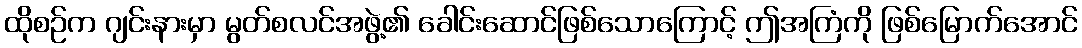
ထိုစဉ်က ဂျင်းနားမှာ မွတ်စလင်အဖွဲ့၏ ခေါင်းဆောင်ဖြစ်သောကြောင့် ဤအကြံကို ဖြစ်မြောက်အောင်